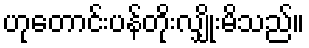
ဟုတောင်းပန်တိုးလျှိုးမိသည်။